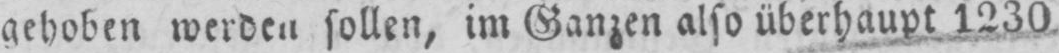
gehoben werden sollen, im Ganzen also überhaupt 1230